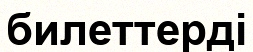
билеттерді